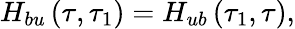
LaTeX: H_{bu}\left(\tau,\tau_{1}\right)=H_{ub}\left(\tau_{1},\tau\right),